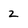
Character: 2